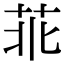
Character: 𦮃